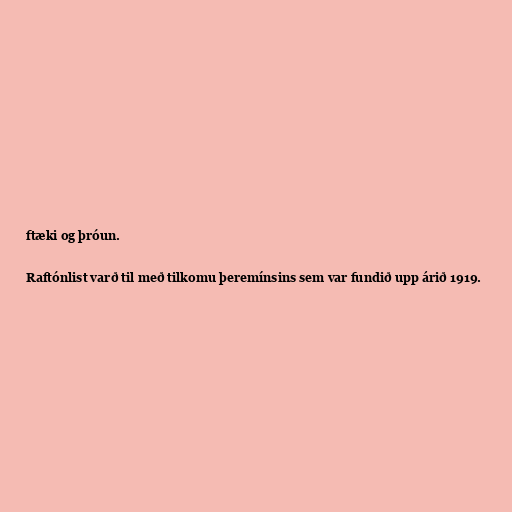
ftæki og þróun.

Raftónlist varð til með tilkomu þeremínsins sem var fundið upp árið 1919.